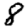
Digit: 8